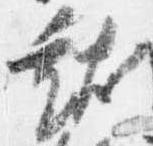
就